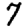
Digit: 7